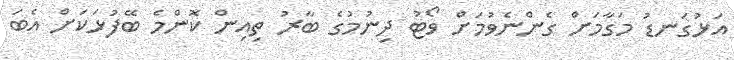
އަޅުގަނޑު މަގާމަށް ގެންނެވުމަށް ވޯޓު ދިނުމުގެ ބާރު ތިއިން ކޮންމެ ބޭފުޅަކަށް އެބަ